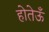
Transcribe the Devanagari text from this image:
होतेऊँ